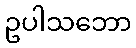
ဥပါသဘော